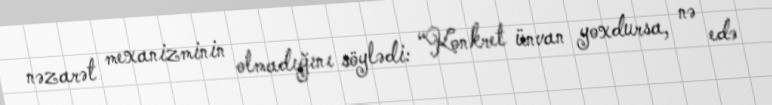
nəzarət mexanizminin olmadığını söylədi: “Konkret ünvan yoxdursa, nə edə